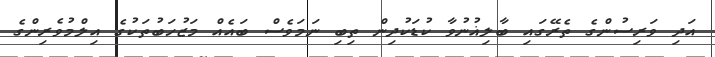
އަދި ވަރިސުންގެ ތެރޭގައި ބާލިޣުނުވާ ކުޑަކުދިން ތިބި ނަމަވެސް ބައެއް މަޒުހަބުތަކުގެ އިލްމުވެރިންގެ